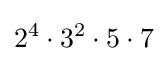
2^{4}\cdot 3^{2}\cdot 5\cdot 7